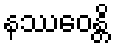
နဿေဝန္တိ